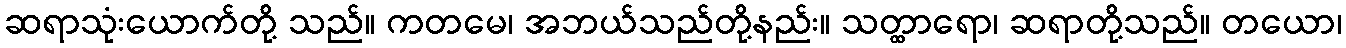
ဆရာသုံးယောက်တို့ သည်။ ကတမေ၊ အဘယ်သည်တို့နည်း။ သတ္ထာရော၊ ဆရာတို့သည်။ တယော၊